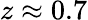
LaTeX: z\approx 0.7